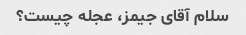
سلام آقای جیمز، عجله چیست؟